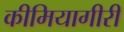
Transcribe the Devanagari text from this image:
कीमियागीरी